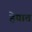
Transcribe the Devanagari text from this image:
हेयात